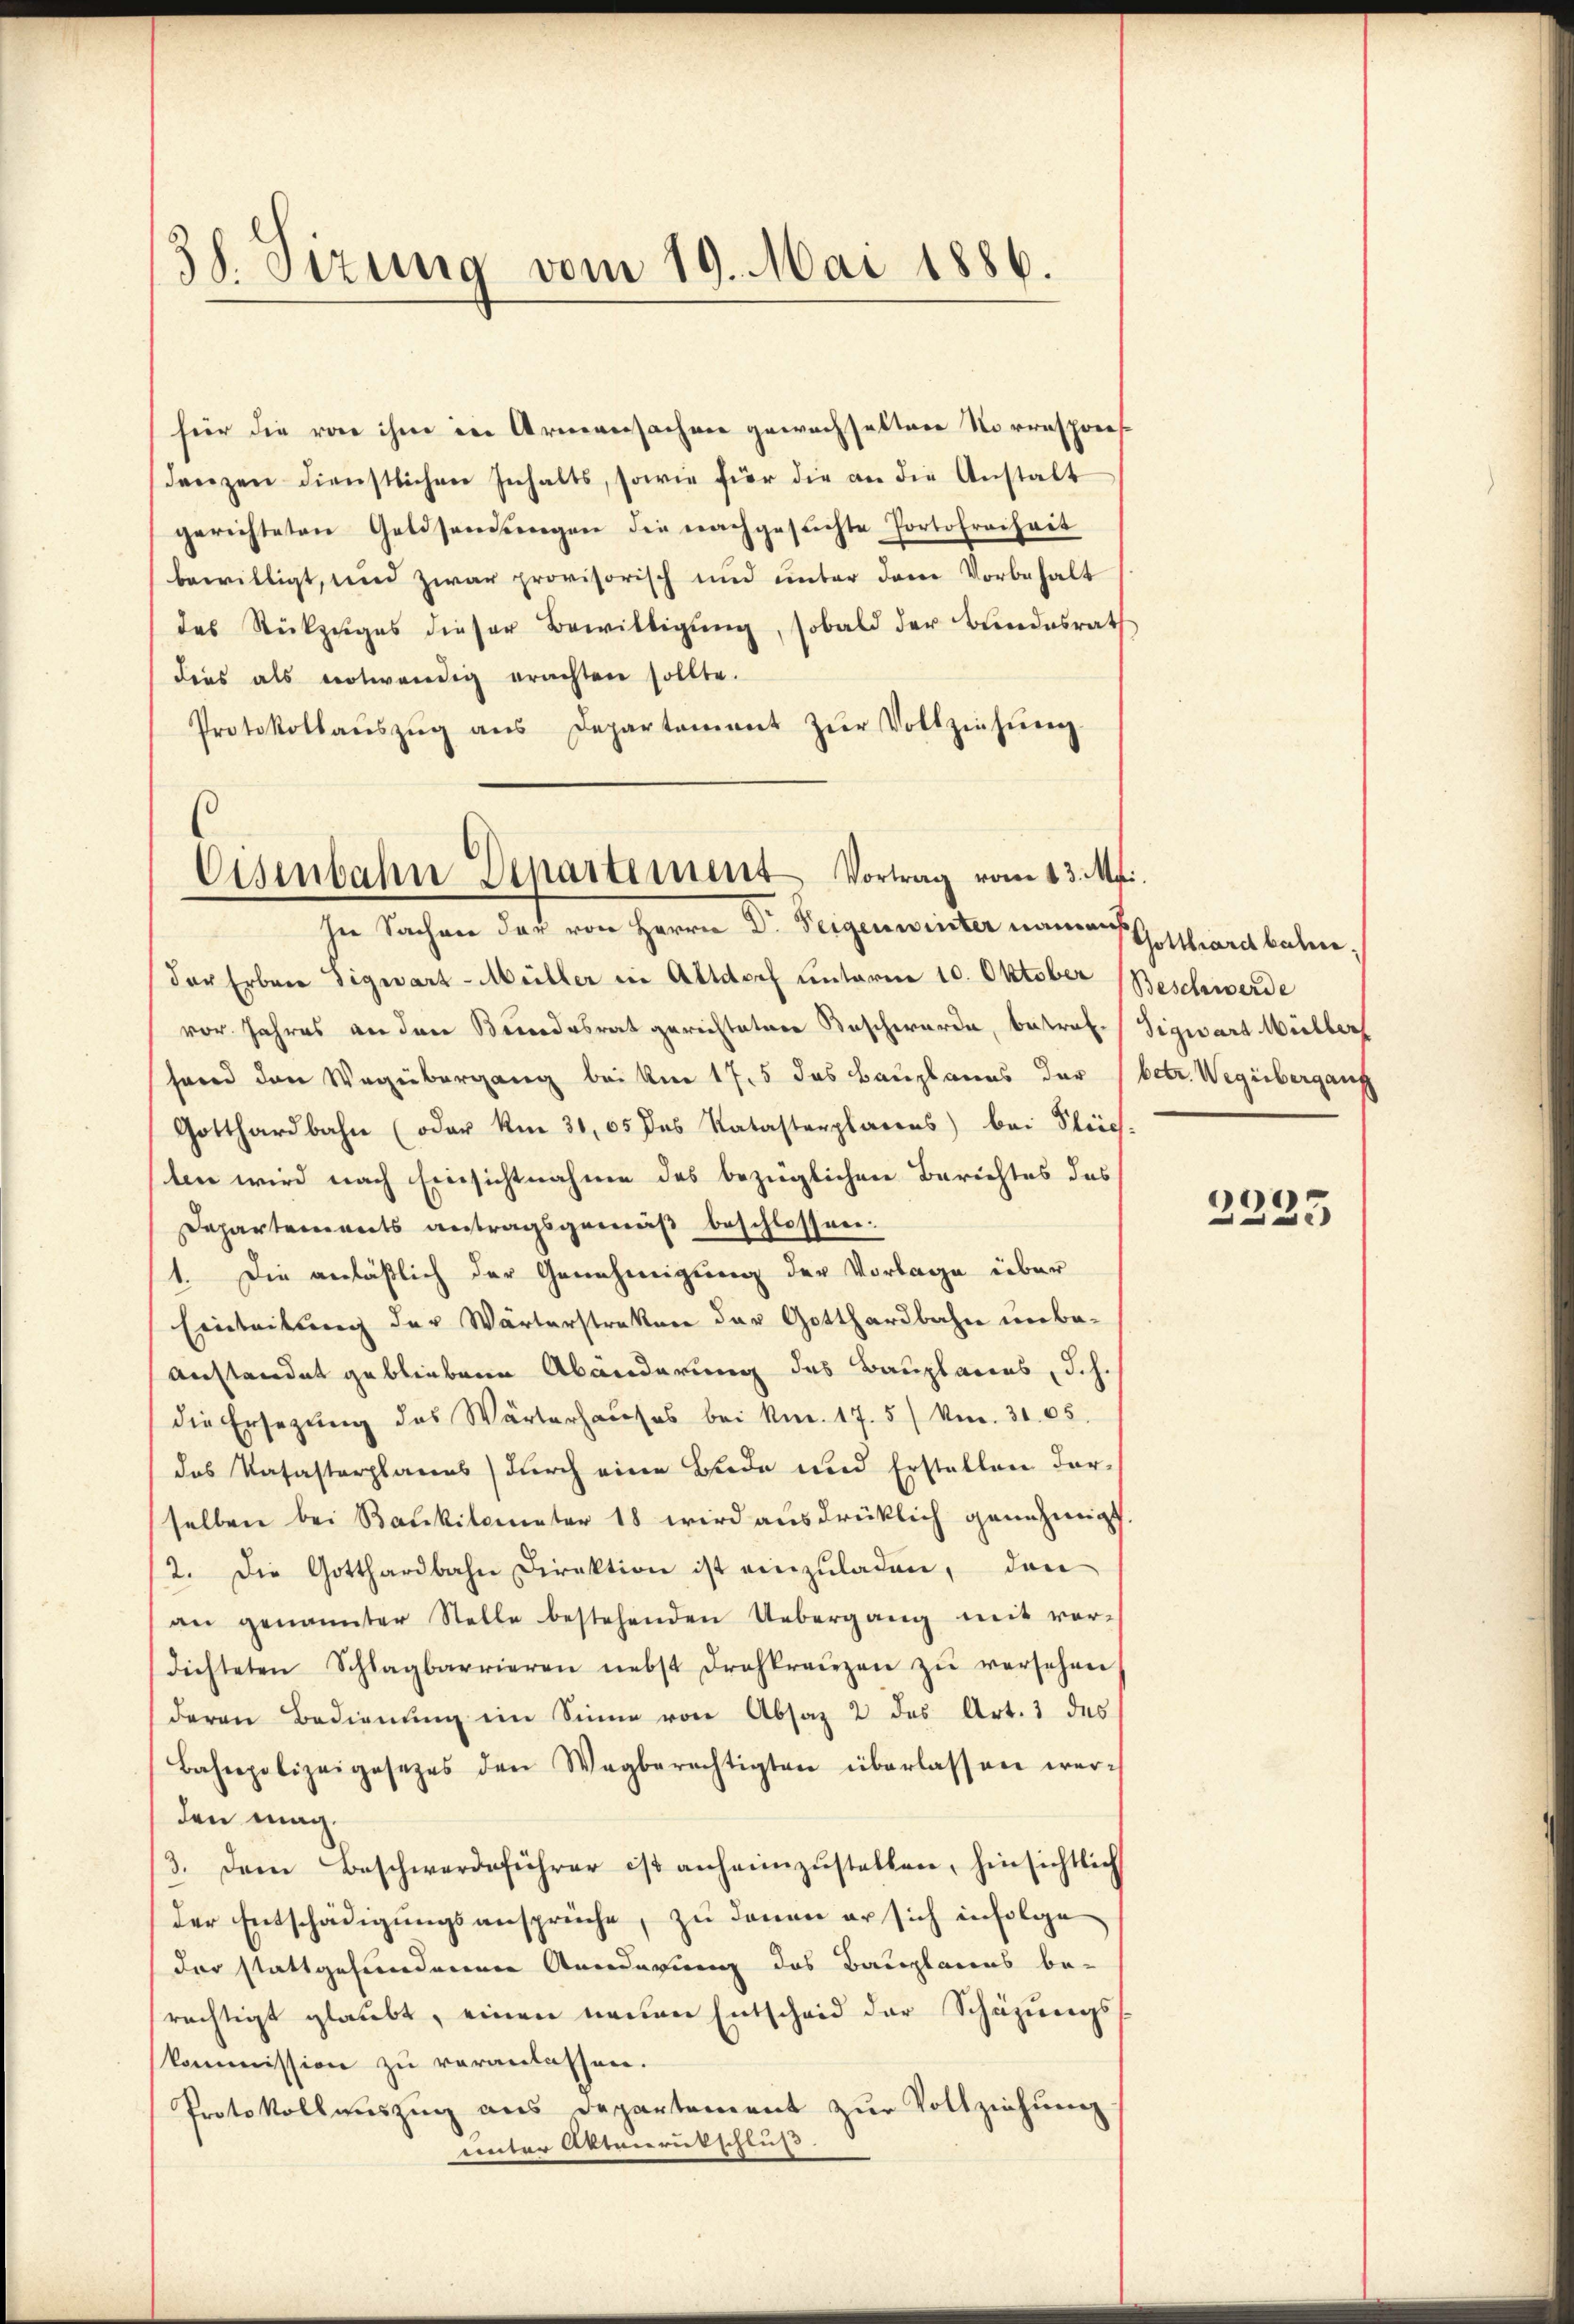
38. Sizung vom 19. Mai 1886.

hier die von ihm in Armensachen gewachhaltene Norrespons
Lanzen dienstlichen Inhalts, sowie für die an die Anstalt
gerichteten Geldsendŭngen die nachgesuchte Portofreiheit
bewilligt, und zwar provisorisch und unter dem Vorbehalt
des Rückzŭges dieser Bewilligŭng, sobald der Bundesrath
dees als notwendig erachten sollte.
Protokollaŭszŭg ans Departement zŭr Vollziehŭng.
1

Eisenbahn Departement Vortrag vom 13. Mai.
sne Sachen der von Herrn Dr. Teigenwinter namens

der Erbene Sigwart-Müller in Altdorf unterm 10. Oktober Beschwerde
vor Jahres an den Bundesrat gerichtetere Beschwerde, betrafsend den Wegübergang bei Am 17. 5 das Bauplanes der (betr. Wegübergang
Gotthardbahn (oder Am 31. 05 des Ratasterplanens) bei Gleich.
len wird nach Einsichtnahme des bezüglichen Berichtes des
Departements antragsgemäß beschlossen.
1. Die anläßlich der Genehmigung der Vorlage über
Einleitung der Wärterstraken der Gotthardbahn unbeanstandet gebliebene Abänderung des Bauplanes, d. h.
die Ersetzŭng des Wärterhaŭses bei kn. 17. 5/ Nm. 31. 65.
das Katasterplanes) durch eine Bude und Erstellen darselben bei Baukilometer 18 wird ausdrüklich genehmigt.
2. Die Gotthardbahn Direktion ist einzuladen, den
an genannter Stelle bestehenden Uebergang mit ver-
dichteten Schlagbarrieren nebst drahkreuzen zŭ versehen
deren Bedienung im Sinne von Absaz 2 des Art. 1 des
Bahnpolizeigesezes den Wagberechtigten überlassen werden mag.
3. Dem Beschwerdeführer ist anheimzŭstellen, hinsichtlich
der Entschädigungsansprüche, zu denen er sich infolge
der stattgefundenene Aenderung des Bauplanes be-
rechtigt glaubt, einen neuen Entscheid der Schazungs
kommission zu veranlassen.
Protokollauszug aus Departement zur Vollziehung
unter Aktierutschluß.

Gotthardbahn,
Sigwart Müller

2225